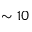
\sim 1 0